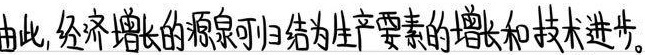
由此，经济增长的源泉可归结为生产要素的增长和技术进步。